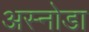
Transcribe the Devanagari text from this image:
अस्नोडा